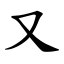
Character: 又